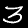
Digit: 3